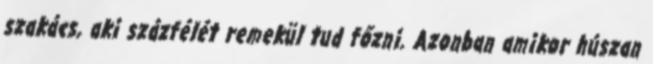
szakács, aki százfélét remekül tud főzni. Azonban amikor húszan